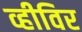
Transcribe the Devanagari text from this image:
व्हीविर